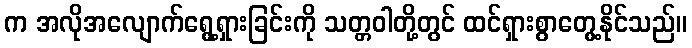
က အလိုအလျောက်ရွေ့ရှားခြင်းကို သတ္တဝါတို့တွင် ထင်ရှားစွာတွေ့နိုင်သည်။